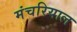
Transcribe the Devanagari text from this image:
मंचरियाल